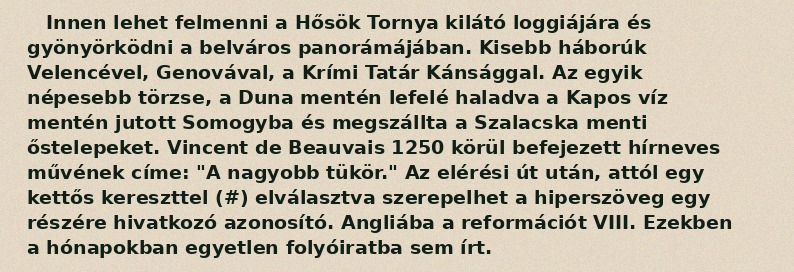
Innen lehet felmenni a Hősök Tornya kilátó loggiájára és gyönyörködni a belváros panorámájában. Kisebb háborúk Velencével, Genovával, a Krími Tatár Kánsággal. Az egyik népesebb törzse, a Duna mentén lefelé haladva a Kapos víz mentén jutott Somogyba és megszállta a Szalacska menti őstelepeket. Vincent de Beauvais 1250 körül befejezett hírneves művének címe: "A nagyobb tükör." Az elérési út után, attól egy kettős kereszttel (#) elválasztva szerepelhet a hiperszöveg egy részére hivatkozó azonosító. Angliába a reformációt VIII. Ezekben a hónapokban egyetlen folyóiratba sem írt.